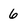
Character: 6